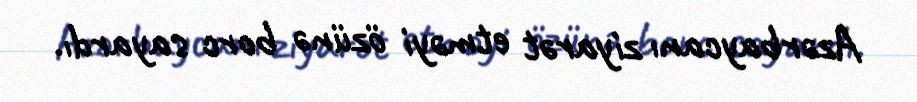
Azərbaycanı ziyarət etməyi özünə borc sayardı.